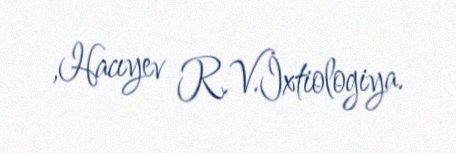
,Hacıyev R.V.İxtiologiya.